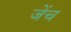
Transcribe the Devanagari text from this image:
जेंच